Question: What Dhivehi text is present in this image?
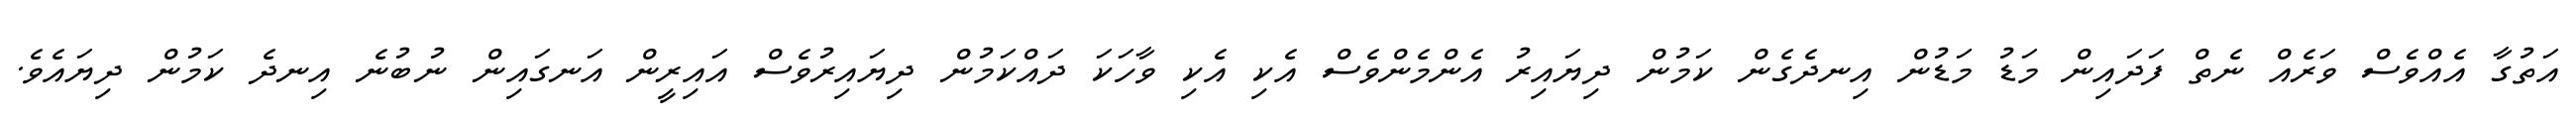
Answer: އަތުގާ އެއްވެސް ވަރެއް ނެތް ފަދައިން މަޑު މަޑުން އިނދެގެން ކަމުން ދިޔައިރު އެންމެންވެސް އެކި އެކި ވާހަކަ ދައްކަމުން ދިޔައިރުވެސް އައިރީން އަނގައިން ނުބުނެ އިނދެ ކަމުން ދިޔައެވެ.